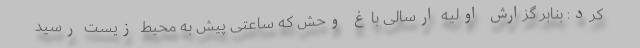
کرد: بنابر گزارش اولیه ارسالی باغ وحش که ساعتی پیش به محیط زیست رسید